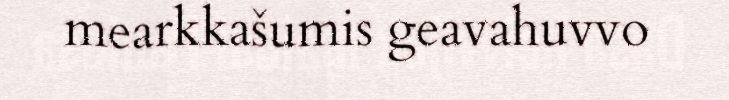
mearkkašumis geavahuvvo